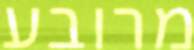
מרובע